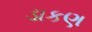
ડાકણ